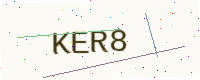
Text: KER8